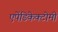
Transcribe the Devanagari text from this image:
एपेंडिकेक्टोमी